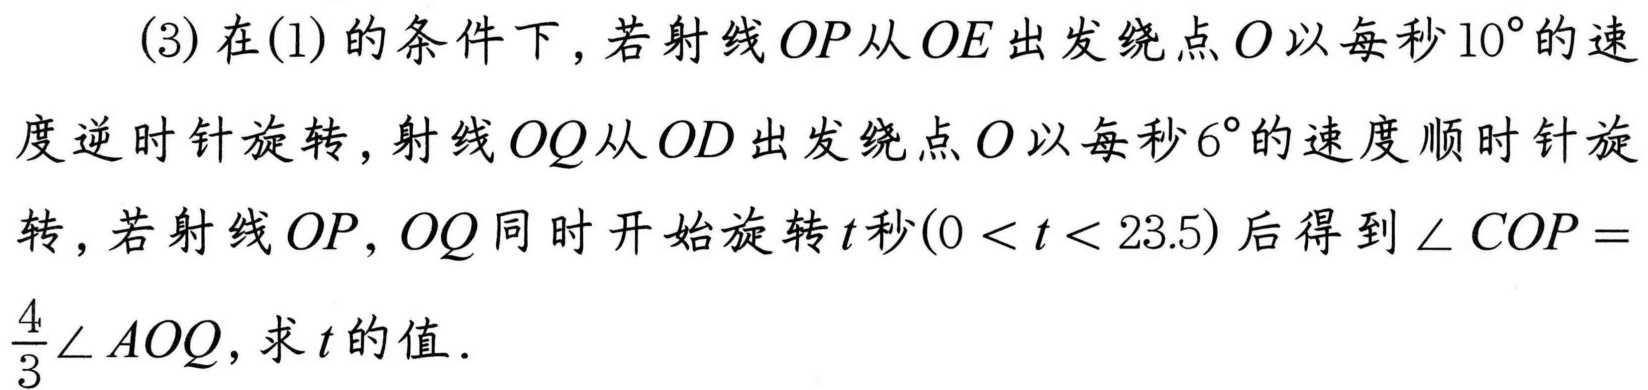
(3)在(1)的条件下，若射线\(OP\)从\(OE\)出发绕点\(O\)以每秒\(10^{\circ}\)的速度逆时针旋转，射线\(OQ\)从\(OD\)出发绕点\(O\)以每秒\(6^{\circ}\)的速度顺时针旋转，若射线\(OP,OQ\)同时开始旋转\(t\)秒\((0 < t < 23.5)\)后得到\(\angle COP = \frac{4}{3}\angle AOQ\)，求\(t\)的值．